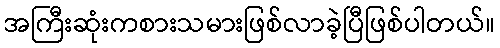
အကြီးဆုံးကစားသမားဖြစ်လာခဲ့ပြီဖြစ်ပါတယ်။